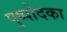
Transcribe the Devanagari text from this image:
पुष्पोदका